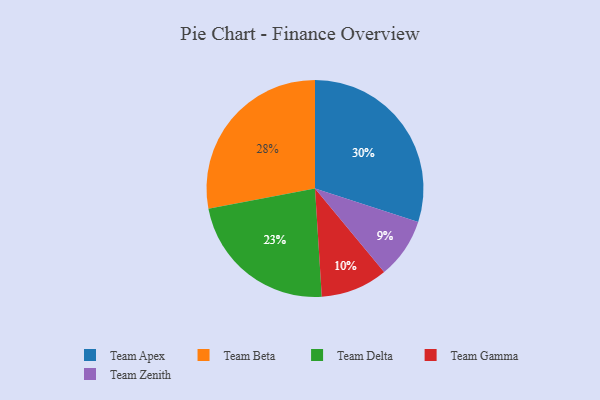
{"axis": {"x": "Category", "y": "Percentage"}, "legend": ["Team Apex", "Team Beta", "Team Delta", "Team Gamma", "Team Zenith"], "data": [{"x": "Team Delta", "y": 23, "type": "Team Delta"}, {"x": "Team Beta", "y": 28, "type": "Team Beta"}, {"x": "Team Apex", "y": 30, "type": "Team Apex"}, {"x": "Team Gamma", "y": 10, "type": "Team Gamma"}, {"x": "Team Zenith", "y": 9, "type": "Team Zenith"}]}